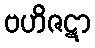
ဗဟိဇဋာ